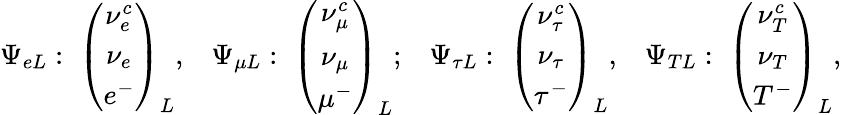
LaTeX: \begin{array}{cccc}{{\Psi_{eL}:\; \left(\begin{array}{c}{{\nu_{e}^{c}}}\\ {{\nu_{e}}}\\ {{e^{-}}}\end{array}\right)_{L},}}&{{\Psi_{\mu L}:\; \left(\begin{array}{c}{{\nu_{\mu}^{c}}}\\ {{\nu_{\mu}}}\\ {{\mu^{-}}}\end{array}\right)_{L};}}&{{\Psi_{\tau L}:\; \left(\begin{array}{c}{{\nu_{\tau}^{c}}}\\ {{\nu_{\tau}}}\\ {{\tau^{-}}}\end{array}\right)_{L},}}&{{\Psi_{TL}:\; \left(\begin{array}{c}{{\nu_{T}^{c}}}\\ {{\nu_{T}}}\\ {{T^{-}}}\end{array}\right)_{L},}}\end{array}